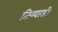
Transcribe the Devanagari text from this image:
तिय्याडी